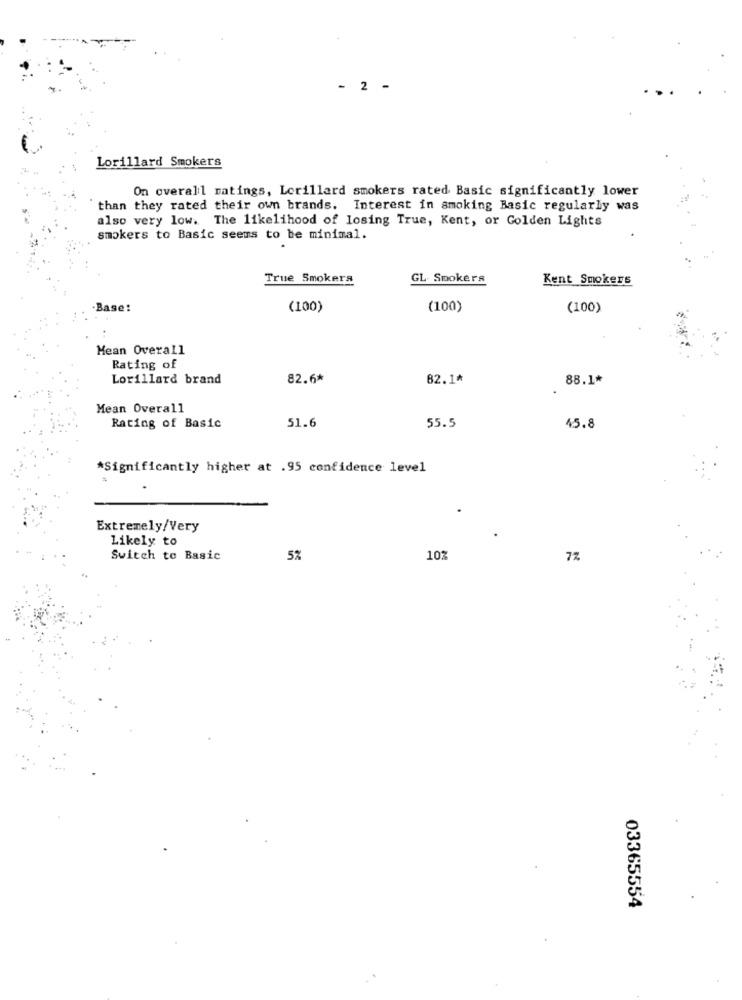
- 2 -
Lorillard Smokers
On overall ratings, Lorillard smokers rated Basic significantly lower
than they rated their own brands. Interest in smoking Basic regularly was
also very low. The likelihood of losing True, Kent, or Golden Lights
smokers to Basic seems to be minimal.
True Smokers
GL. Smokers
Kent Smokers
.Base:
(100)
(100)
(100)
Mean Overall
Rating of
Lorillard brand
82.6*
82.1ª
88.1*
Mean Overall
Rating of Basic
51.6
55.5
45.8
*Significantly higher at .95 confidence level
Extremely/Very
Likely to
Switch to Basic
5%
10%
7%
03365554